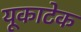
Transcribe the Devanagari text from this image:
यूकाटेक